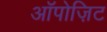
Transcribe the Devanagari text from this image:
ऑपोज़िट